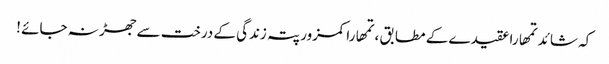
کہ شائد تمھارا عقیدے کے مطابق ، تمھارا کمزور پتہ زندگی کے درخت سے جھڑ نہ جائے !